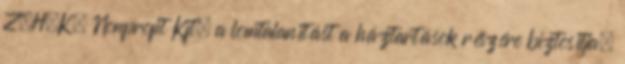
Z.H.K. Nonprofit Kft. a lomtalanítást a háztartások részére biztosítja,